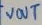
Text: VOUT